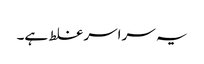
یہ سراسر غلط ہے۔